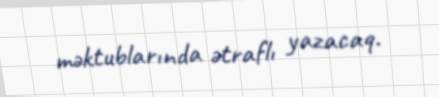
məktublarında ətraflı yazacaq.